Statistics compiled by the Government of India from the reports of provincial Civil Veterinary Departments
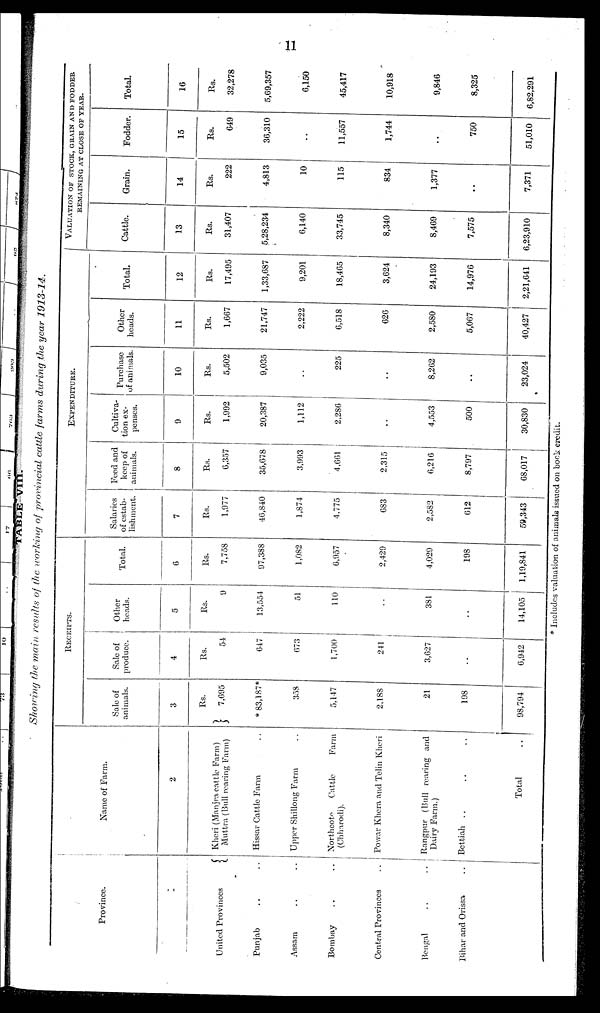
11
TABLE VIII.
Showing the main results of the working of provincial cattle farms during the year 1913-14.
Province.
United Provinces
Punjab .. ..
Assam .. ..
Bombay .. ..
Central Provinces ..
Bengal .. ..
Bihar and Orissa ..
Name of Farm.
2
Khcri (Manjra cattle Farm)
Muttra (Bull rearing Farm)
Hissar Cattle Farm ..
Upper Shillong Farm ..
Nbrthcote
Cattle
Farm
(Chharodi).
Powar Khera and Telin Kheri
Rangpur (Bull rearing and
Dairy Farm.)
Bettiah .. .. ..
Total ..
RECEIPTS.
Sale of
animals.
3
Rs.
7,695
*83,187*
358
5,147
2,188
21
198
98,794
Sale of
produce.
4
Rs.
54
647
673
1,700
241
3,627
..
6,942
Other
heads.
5
Rs.
9
13,554
51
110
..
381
..
14,105
Total.
6
Rs.
7,758
97,388
1,082
6,957
2,429
4,029
198
1,19,841
EXPENDITURE.
Salaries
of estab-
lishment.
7
Rs.
1,977
46,840
1,874
4,775
683
2,582
612
59,343
Feed and
keep of
animals.
8
Rs.
6,357
35,678
3,993
4,661
2,315
6,216
8,797
68,017
Cultiva-
tion ex-
penses.
9
Rs.
1,992
20,387
1,112
2,286
..
4,553
500
30,830
Purchase
of animals.
10
Rs.
5,502
9,035
..
225
..
8,262
..
23,024
Other
heads.
11
Rs.
1,667
21,747
2,222
6,518
626
2,580
5,067
40,427
Total.
12
Rs.
17,495
1,33,687
9,201
18,465
3,624
24,193
14,976
2,21,641
VALUATION OF STOCK, GRAIN AND FODDER REMA
Cattle.
13
Rs.
31,407
5,28,234
6,140
33,745
8,340
8,469
7,575
6,23,910
Grain.
14
Rs.
222
4,813
10
115
834
1,377
..
7,371
Fodder.
15
Rs.
649
36,310
..
11,557
1,744
..
750
51,010
Total.
16
Rs.
32,278
5,69,357
6,150
45,417
10,918
9,846
8,325
6,82,291